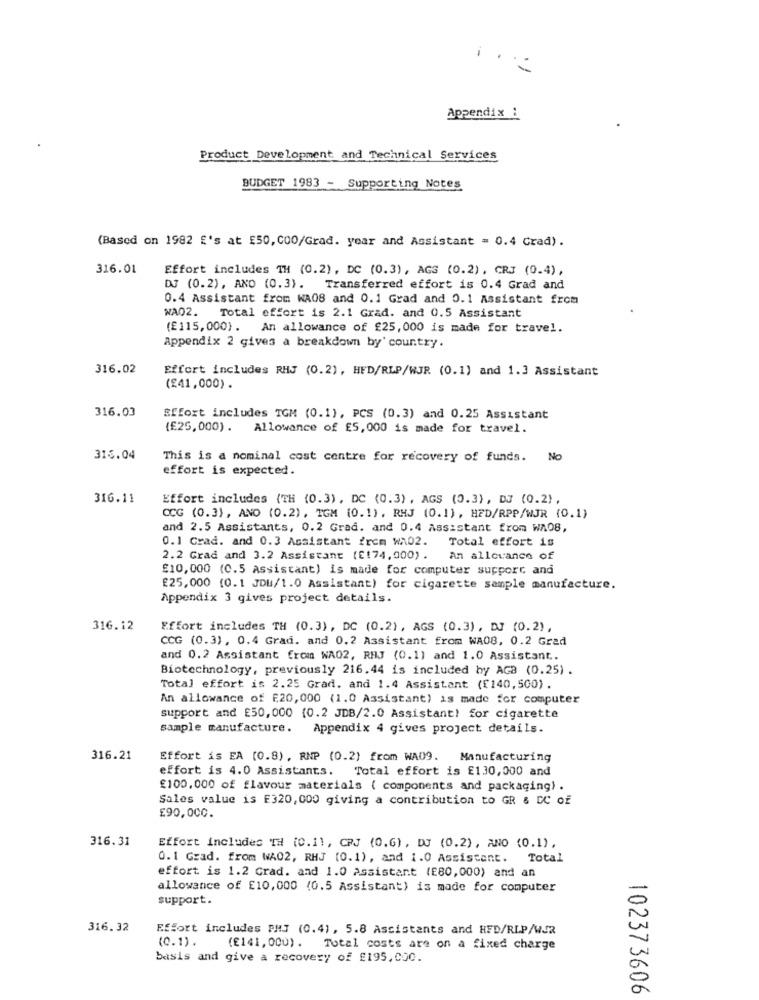
.. .
Appendix :
Product Development and Technical Services
BUDGET 1983 - Supporting Notes
(Based on 1982 E's at £50,000/Grad. year and Assistant = 0.4 Grad) .
316.01
Effort includes TH (0.2), DC (0.3), AGS (0.2), CRJ (0.4),
DJ (0.2), ANO (0.3). Transferred effort is 0.4 Grad and
0.4 Assistant from WA08 and 0.1 Grad and 0.1 Assistant from
WA02. Total effort is 2.1 Grad. and 0.5 Assistant
(£115,000). An allowance of £25,000 is made for travel.
Appendix 2 gives a breakdown by' country.
316.02
Effort includes RHJ (0.2), HFD/RLP/WJR (0.1) and 1.3 Assistant
(£41,000).
316.03
Sffort includes TGM (0.1), PCS (0.3) and 0.25 Assistant
(£25,000) . Allowance of ES, 000 is made for travel.
316.04
This is a nominal cost centre for recovery of funds. No
effort is expected.
316.11
Effort includes (TH (0.3), DC (0.3) , AGS (0.3), DJ (0.2),
CCG (0.3), AND (0.2), TGM (0.1). RHJ (0.1), HFD/RPP/WJR (0.1)
and 2.5 Assistants, 0.2 Grad. and 0.4 Assistant from WA08,
0.1 Crad. and 0.3 Assistant frem WA02.
Total effort is
2.2 Grad and 3.2 Assistant (E!74,000).
An allevance of
£10,000 (C.5 Assistant) is made for computer support and
£25,000 (0.1 JDB/1.0 Assistant) for cigarette sample manufacture.
Appendix 3 gives project details.
316.12
Effort includes TH (0.3), DC (0.2), AGS (0.3), DJ (0.2),
CCG (0.3), 0.4 Grad. and 0.2 Assistant from WA08, 0.2 Grad
and 0.2 Assistant from WA02, RHJ (0.1) and 1.0 Assistant ..
Biotechnology, previously 216.44 is included by AGB (0.25) .
Total effort is 2.25 Grad. and 1.4 Assistant (£140,500).
An allowance of f20,000 (1.0 Assistant) is made for computer
support and £50,000 (0.2 JDB/2.0 Assistant) for cigarette
sample manufacture. Appendix 4 gives project details.
316.21
Effort is EA (0.8), RNP (0.2) from WA09. Manufacturing
effort is 4.0 Assistants. Total effort is £130,000 and
£100,000 of flavour materials ( components and packaging) .
Sales value is E320, 000 giving a contribution to GR & DC Of
£90,000.
316.31
Effort includes TH (0.11, CPJ (0.6), DJ (0.2), ANO (0.1),
0.1 Grad. from WA02, RHJ (0.1), and 1.0 Assistant. Total
effort is 1.2 Grad. and 1.0 Assistant (E80,000) and an
allowance of £10,000 (0.5 Assistant) is made for computer
support.
316.32
Effort includes PMJ (0.4), 5.8 Assistants and HFD/RIP/WJR
(0.1).
(€141,00U).
Total costs are on a fixed charge
basis and give a recovery of £195,000.
102373606